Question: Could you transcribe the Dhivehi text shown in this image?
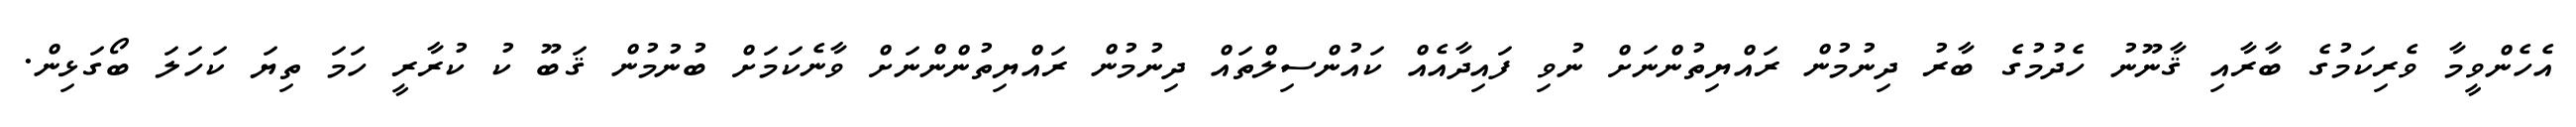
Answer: އެހެންވީމާ ވެރިކަމުގެ ބާރާއި ޤާނޫނު ހެދުމުގެ ބާރު ދިނުމުން ރައްޔިތުންނަށް ނުވި ފައިދާއެއް ކައުންސިލްތައް ދިނުމުން ރައްޔިތުންންނަށް ވާނެކަމަށް ބުނުމުން ޤަބޫ ކު ކުރާރީ ހަމަ ތިޔަ ކަހަލަ ބޯގަޅިން.